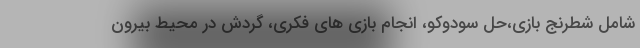
شامل شطرنج بازی،حل سودوکو، انجام بازی های فکری، گردش در محیط بیرون